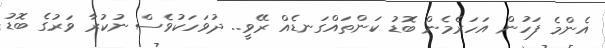
އެންމެ ފަހުން އަހަރެމެން ބޮޑު ކަންތައްގަނޑެއް ރޭވީ.. ދުވަހަކުވެސް ނުކުރާ ވަރުގެ ބޮޑު